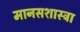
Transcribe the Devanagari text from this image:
मानसशास्त्रा